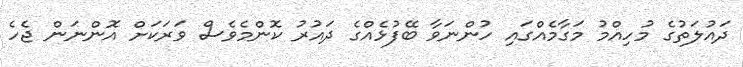
ދައުލަތުގެ މުހިއްމު މަގާމެއްގައި ހުންނަވާ ބޭފުޅެއްގެ ދައުރު ކޮންމެވެސް ވަރަކަށް އޮންނަން ޖެހެ